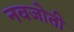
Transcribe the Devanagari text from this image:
नवजोती